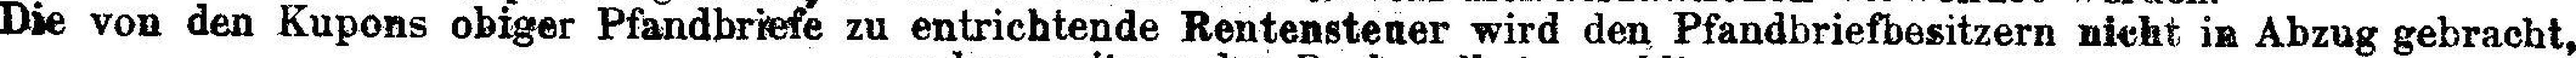
Die von den Kupons obiger Pfandbriefe zu entrichtende Rentensteuer wird den Pfandbriefbesitzern nicht in Abzug gebracht,